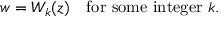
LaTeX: w = W _ { k } ( z ) \ \ { \mathrm { ~ f o r ~ s o m e ~ i n t e g e r ~ } } k .